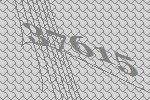
37615